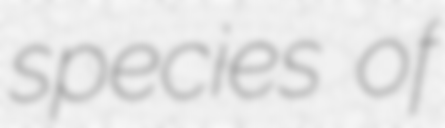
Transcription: species of